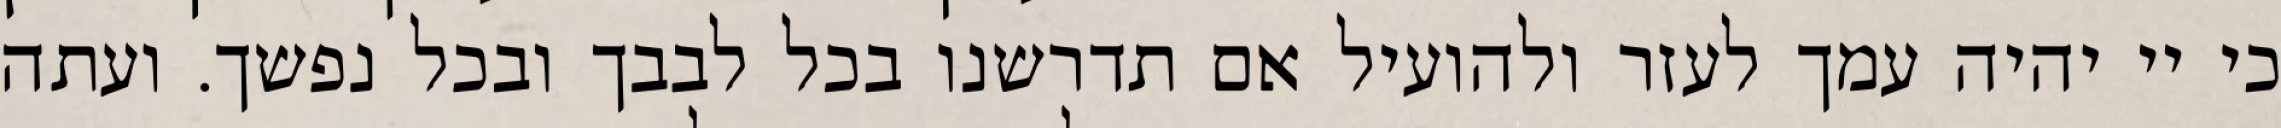
כי יי יהיה עמך לעזר ולהועיל אם תדרשנו בכל לבבך ובכל נפשך. ועתה